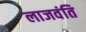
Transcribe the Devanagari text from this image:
लाजवंति